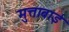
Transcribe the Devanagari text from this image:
मुत्ताबाई